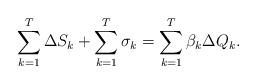
LaTeX: \begin{align*}\sum_{k=1}^T \Delta S_k + \sum_{k=1}^T \sigma_k = \sum_{k=1}^T \beta_k \Delta Q_k.\end{align*}